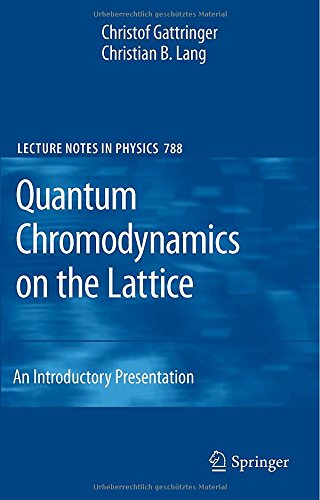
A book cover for Quantum Chromodynamics on the Lattice: An Introductory Presentation (Lecture Notes in Physics); Christof Gattringer; Science & Math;